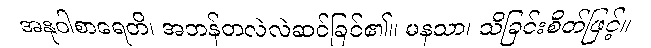
အနုဝါစာရေတိ၊ အဘန်တလဲလဲဆင်ခြင်၏။ မနသာ၊ သိခြင်းစိတ်ဖြင့်။